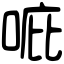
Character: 𠳓